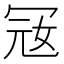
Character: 㓂